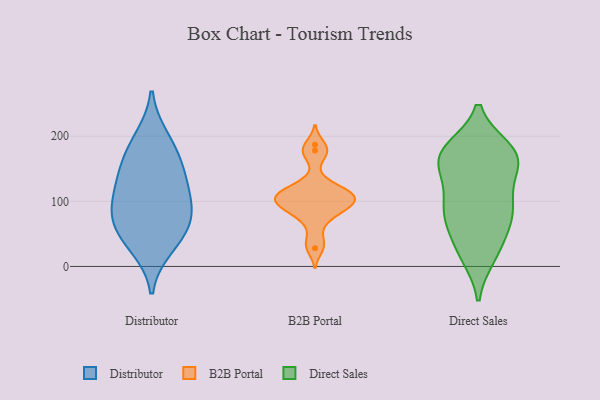
{"axis": {"x": "Revenue (USD Million)", "y": "Value"}, "legend": ["B2B Portal", "Direct Sales", "Distributor"], "data": [{"x": "", "y": 141, "type": "Distributor"}, {"x": "", "y": 196, "type": "Distributor"}, {"x": "", "y": 31, "type": "Distributor"}, {"x": "", "y": 142, "type": "Distributor"}, {"x": "", "y": 62, "type": "Distributor"}, {"x": "", "y": 79, "type": "Distributor"}, {"x": "", "y": 101, "type": "Distributor"}, {"x": "", "y": 51, "type": "Distributor"}, {"x": "", "y": 174, "type": "Distributor"}, {"x": "", "y": 100, "type": "Distributor"}, {"x": "", "y": 103, "type": "B2B Portal"}, {"x": "", "y": 87, "type": "B2B Portal"}, {"x": "", "y": 84, "type": "B2B Portal"}, {"x": "", "y": 103, "type": "B2B Portal"}, {"x": "", "y": 86, "type": "B2B Portal"}, {"x": "", "y": 28, "type": "B2B Portal"}, {"x": "", "y": 115, "type": "B2B Portal"}, {"x": "", "y": 66, "type": "B2B Portal"}, {"x": "", "y": 110, "type": "B2B Portal"}, {"x": "", "y": 187, "type": "B2B Portal"}, {"x": "", "y": 178, "type": "B2B Portal"}, {"x": "", "y": 128, "type": "B2B Portal"}, {"x": "", "y": 103, "type": "B2B Portal"}, {"x": "", "y": 37, "type": "B2B Portal"}, {"x": "", "y": 170, "type": "B2B Portal"}, {"x": "", "y": 120, "type": "B2B Portal"}, {"x": "", "y": 109, "type": "B2B Portal"}, {"x": "", "y": 97, "type": "B2B Portal"}, {"x": "", "y": 89, "type": "Direct Sales"}, {"x": "", "y": 121, "type": "Direct Sales"}, {"x": "", "y": 169, "type": "Direct Sales"}, {"x": "", "y": 15, "type": "Direct Sales"}, {"x": "", "y": 16, "type": "Direct Sales"}, {"x": "", "y": 179, "type": "Direct Sales"}, {"x": "", "y": 50, "type": "Direct Sales"}, {"x": "", "y": 76, "type": "Direct Sales"}, {"x": "", "y": 141, "type": "Direct Sales"}, {"x": "", "y": 99, "type": "Direct Sales"}, {"x": "", "y": 161, "type": "Direct Sales"}, {"x": "", "y": 29, "type": "Direct Sales"}, {"x": "", "y": 158, "type": "Direct Sales"}, {"x": "", "y": 181, "type": "Direct Sales"}, {"x": "", "y": 157, "type": "Direct Sales"}, {"x": "", "y": 76, "type": "Direct Sales"}, {"x": "", "y": 94, "type": "Direct Sales"}, {"x": "", "y": 178, "type": "Direct Sales"}, {"x": "", "y": 73, "type": "Direct Sales"}, {"x": "", "y": 179, "type": "Direct Sales"}]}